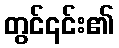
တွင်၎င်း၏